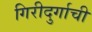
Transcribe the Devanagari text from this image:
गिरीदुर्गाची